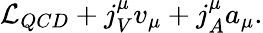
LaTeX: {\cal L}_{QCD}+j_{V}^{\mu}v_{\mu}+j_{A}^{\mu}a_{\mu}.